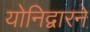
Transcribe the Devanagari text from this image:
योनिद्वारने